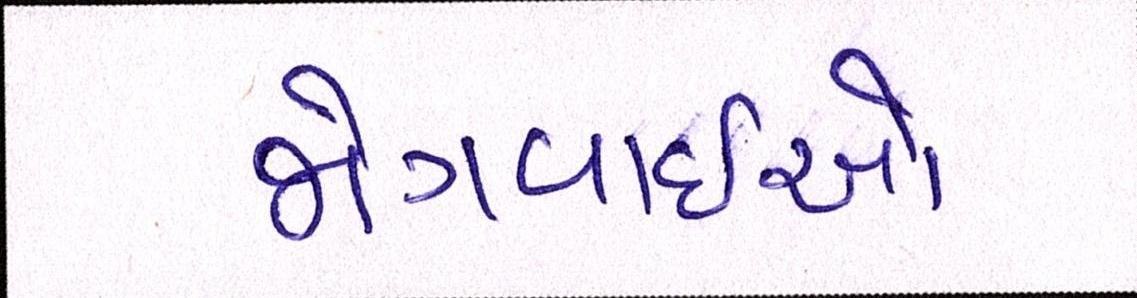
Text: જોગવાઇઓ